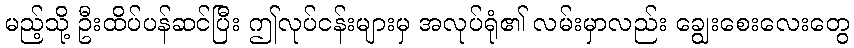
မည့်သို့ ဦးထိပ်ပန်ဆင်ပြီး ဤလုပ်ငန်းများမှ အလုပ်ရုံ၏ လမ်းမှာလည်း ချွေးစေးလေးတွေ